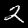
Label: 2